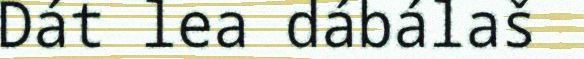
Dát lea dábálaš